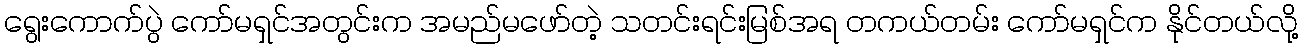
ရွေးကောက်ပွဲ ကော်မရှင်အတွင်းက အမည်မဖော်တဲ့ သတင်းရင်းမြစ်အရ တကယ်တမ်း ကော်မရှင်က နိုင်တယ်လို့